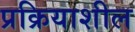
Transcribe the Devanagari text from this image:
प्रक्रियाशील